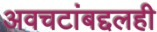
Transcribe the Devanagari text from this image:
अवचटांबद्दलही